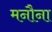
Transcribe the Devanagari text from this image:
मनौना